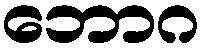
ဘောဂ